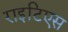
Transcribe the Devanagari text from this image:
राइटिएस